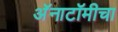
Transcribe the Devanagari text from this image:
अॅनाटॉमीचा